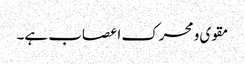
مقوی و محرک اعصاب ہے۔